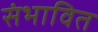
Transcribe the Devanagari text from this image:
संभावित